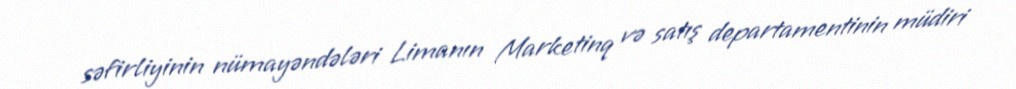
səfirliyinin nümayəndələri Limanın Marketinq və satış departamentinin müdiri